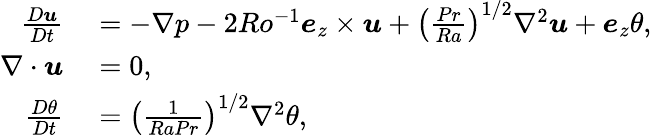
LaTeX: \begin{array}{rl}{\frac{D\boldsymbol{u}}{Dt}}&{{}=-\nabla p-2Ro^{-1}\boldsymbol{e}_{z}\times\boldsymbol{u}+\left(\frac{Pr}{Ra}\right)^{1/2}\nabla^{2}\boldsymbol{u}+\boldsymbol{e}_{z}\theta,}\\ {\nabla\cdot\boldsymbol{u}}&{{}=0,}\\ {\frac{D\theta}{Dt}}&{{}=\left(\frac{1}{RaPr}\right)^{1/2}\nabla^{2}\theta,}\end{array}